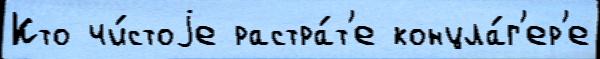
Кто чи́стоjе растра́т'е концла́г'ер'е